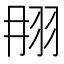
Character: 𦐎